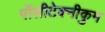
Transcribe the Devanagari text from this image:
पॉलीटेक्नीकुम